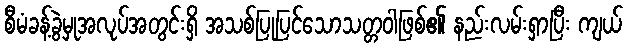
စီမံခန့်ခွဲမှုအလုပ်အတွင်းရှိ အသစ်ပြုပြင်သောသတ္တဝါဖြစ်၏ နည်းလမ်းရှာပြီး ကျယ်